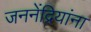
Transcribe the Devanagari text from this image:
जननेंद्रियांना